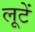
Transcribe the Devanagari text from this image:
लूटें